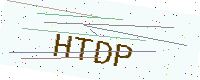
Text: HTDP